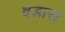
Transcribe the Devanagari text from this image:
वडास